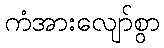
ကံအားလျော်စွာ